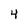
Character: 4